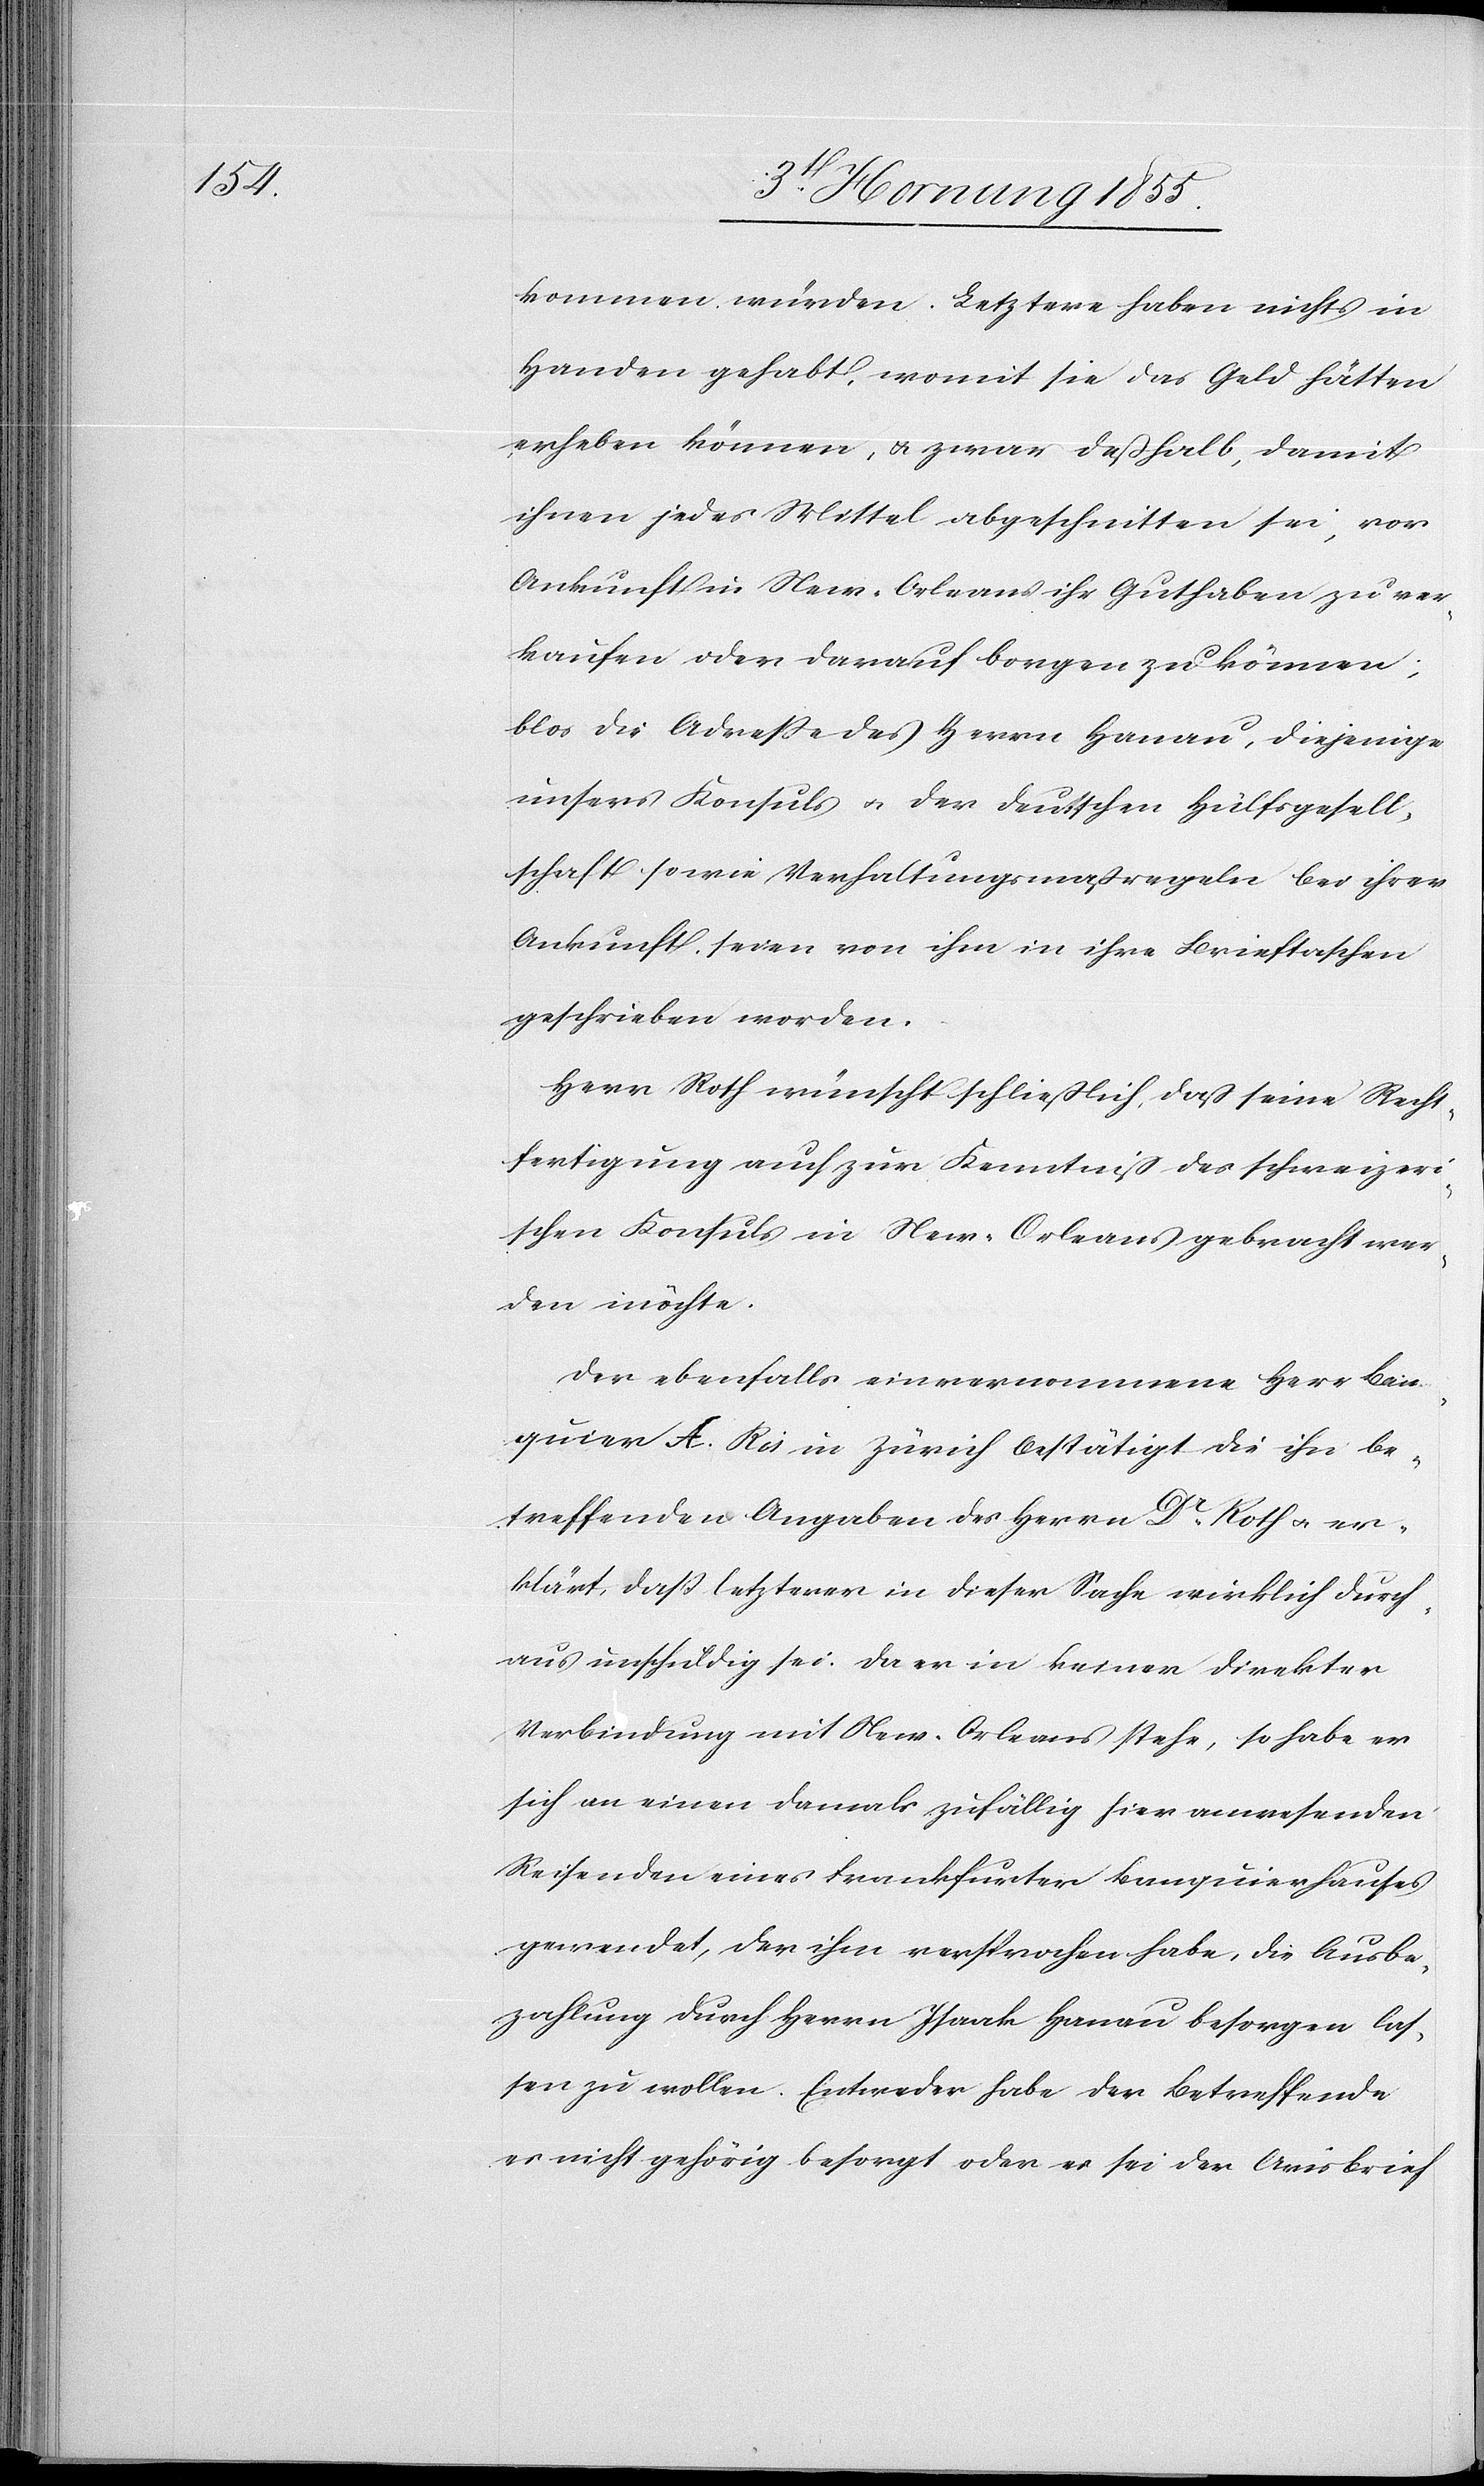
kommen würden. Letztere haben nichts in
Handen gehabt, womit sie das Geld hätten
erheben können, & zwar deßhalb, damit
ihnen jedes Mittel abgeschnitten sei, vor
Ankunft in New-Orleans ihr Guthaben zu ver¬
kaufen oder darauf borgen zu können;
blos die Adresse des Herrn Hanau, diejenige
unsers Konsuls & der deutschen Hülfsgesell¬
schaft sowie Verhaltungsmassregeln bei ihrer
Ankunft seien von ihm in ihre Brieftaschen
geschrieben worden.
Herr Roth wünscht schliesslich, dass seine Recht¬
fertigung auch zur Kenntniss des schweizeri¬
schen Konsuls in New-Orleans gebracht wer¬
den möchte.
Der ebenfalls einvernommene Herr Ban¬
quier A. Ris in Zürich bestätigt die ihn be¬
treffenden Angaben des Herrn Dr. Roth & er¬
klärt, daß letzterer in dieser Sache wirklich durch¬
aus unschuldig sei. Da er in keiner direkter
Verbindung mit New-Orleans stehe, so habe er
sich an einen damals zufällig hier anwesenden
Reisenden eines Frankfurter Banquierhauses
gewendet, der ihm versprochen habe, die Ausbe¬
zahlung durch Herrn Isaak Hanau besorgen las¬
sen zu wollen. Entweder habe der Betreffende
es nicht gehörig besorgt oder es sei der Avisbrief